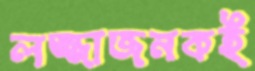
লজ্জাজনকই